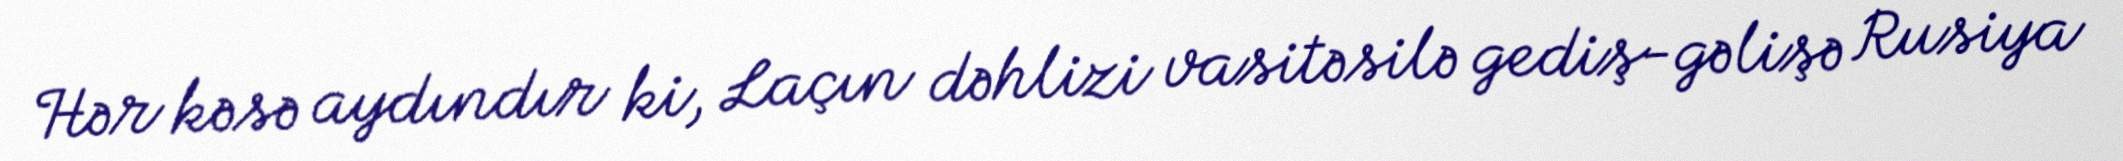
Hər kəsə aydındır ki, Laçın dəhlizi vasitəsilə gediş-gəlişə Rusiya